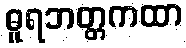
ဓူရဘတ္တကထာ